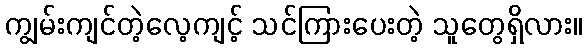
ကျွမ်းကျင်တဲ့လေ့ကျင့် သင်ကြားပေးတဲ့ သူတွေရှိလား။